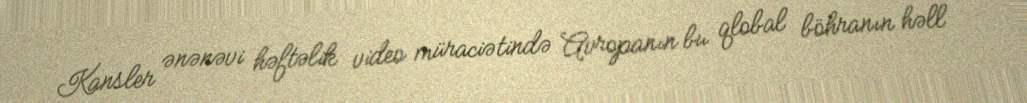
Kansler ənənəvi həftəlik video müraciətində Avropanın bu qlobal böhranın həll